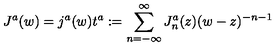
J ^ { a } ( w ) = j ^ { a } ( w ) t ^ { a } : = \sum _ { n = - \infty } ^ { \infty } J _ { n } ^ { a } ( z ) ( w - z ) ^ { - n - 1 }